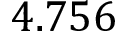
4 . 7 5 6